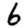
Digit: 6